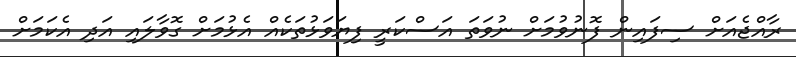
ރާއްޖެއަށް ސިފައިން ފޮނުވުމަށް ނުވަތަ އަސްކަރީ ފިޔަވަޅުތަކެއް އެޅުމަށް ގޮވާލައި އަދި އެކަމަށް